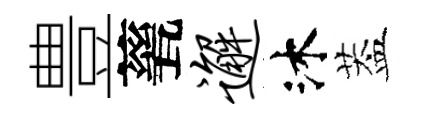
豊甆邂沐葢